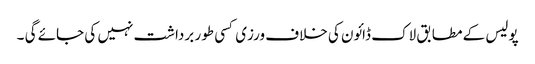
پولیس کے مطابق لاک ڈائون کی خلاف ورزی کسی طور برداشت نہیں کی جائے گی ۔